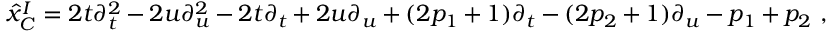
{ \hat { x } } _ { C } ^ { I } = 2 t \partial _ { t } ^ { 2 } - 2 u \partial _ { u } ^ { 2 } - 2 t \partial _ { t } + 2 u \partial _ { u } + ( 2 p _ { 1 } + 1 ) \partial _ { t } - ( 2 p _ { 2 } + 1 ) \partial _ { u } - p _ { 1 } + p _ { 2 } \ ,